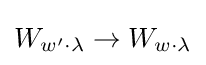
W_{w'\cdot \lambda }\to W_{w\cdot \lambda }